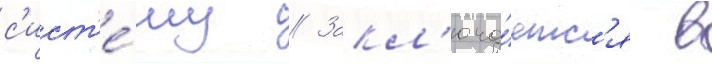
с'ист'е́му // Закл'юча́етс'я в